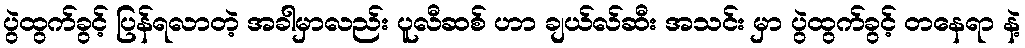
ပွဲထွက်ခွင့် ပြန်ရလာတဲ့ အခါမှာလည်း ပူလီဆစ် ဟာ ချယ်လ်ဆီး အသင်း မှာ ပွဲထွက်ခွင့် တနေရာ နဲ့